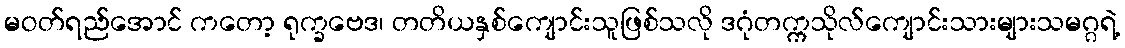
မဝတ်ရည်အောင် ကတော့ ရုက္ခဗေဒ၊ တတိယနှစ်ကျောင်းသူဖြစ်သလို ဒဂုံတက္ကသိုလ်ကျောင်းသားများသမဂ္ဂရဲ့